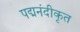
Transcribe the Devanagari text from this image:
पद्मनंदीकृत